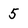
Character: 5